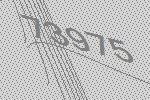
73975